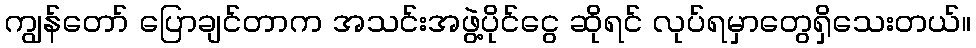
ကျွန်တော် ပြောချင်တာက အသင်းအဖွဲ့ပိုင်ငွေ ဆိုရင် လုပ်ရမှာတွေရှိသေးတယ်။